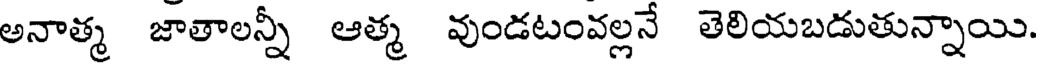
అనాత్మ జాతాలన్నీ ఆత్మ వుండటంవల్లనే తెలియబడుతున్నాయి.